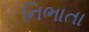
નિભાતા